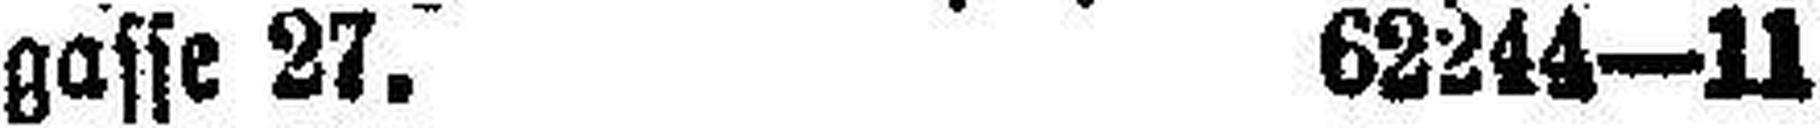
gasse 27. 62244—11